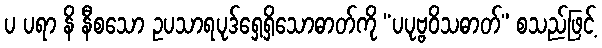
ပ ပရာ နိ နီစသော ဥပသာရပုဒ်ရှေ့ရှိသောဓာတ်ကို “ပပုဗ္ဗဝိသဓာတ်” စသည်ဖြင့်